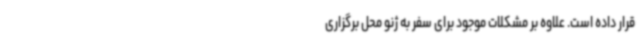
قرار داده است. علاوه بر مشکلات موجود برای سفر به ژنو محل برگزاری